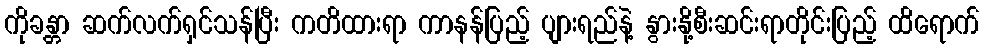
ကိုခန္တာ ဆက်လက်ရှင်သန်ပြီး ကတိထားရာ ကာနန်ပြည့် ပျားရည်နဲ့ နွားနို့စီးဆင်းရာတိုင်းပြည့် ထိရောက်